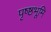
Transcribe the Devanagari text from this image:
पृष्ष्ठभूमि